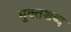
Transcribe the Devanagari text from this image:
मुक्तशब्द